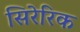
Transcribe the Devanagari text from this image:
सिरेरिक